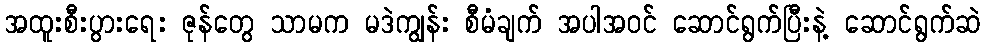
အထူးစီးပွားရေး ဇုန်တွေ သာမက မဒဲကျွန်း စီမံချက် အပါအဝင် ဆောင်ရွက်ပြီးနဲ့ ဆောင်ရွက်ဆဲ